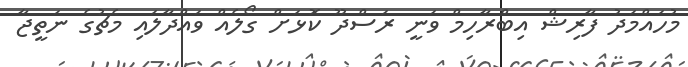
މުހައްމަދު ފާރިޝް އިބްރާހިމް ވަނީ ރަސްދޫ ކޮޅަށް ގޯލެއް ވައްދާލައި މެޗުގެ ނަތީޖާ